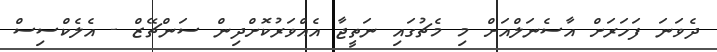
ދެވަނަ ފަހަރަށް އާސެނަލްއަށް މި މެޗުގައި ނަތީޖާ އެއްވަރުކޮށްދިން ސަންޗޭޒް - އެލެކްސިސް